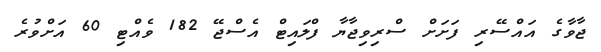
ޖާވާގެ އައްސޭރި ފަށަށް ސްރިވިޖާޔާ ފްލައިޓް އެސްޖޭ 182 ވެއްޓި 60 އަށްވުރެ